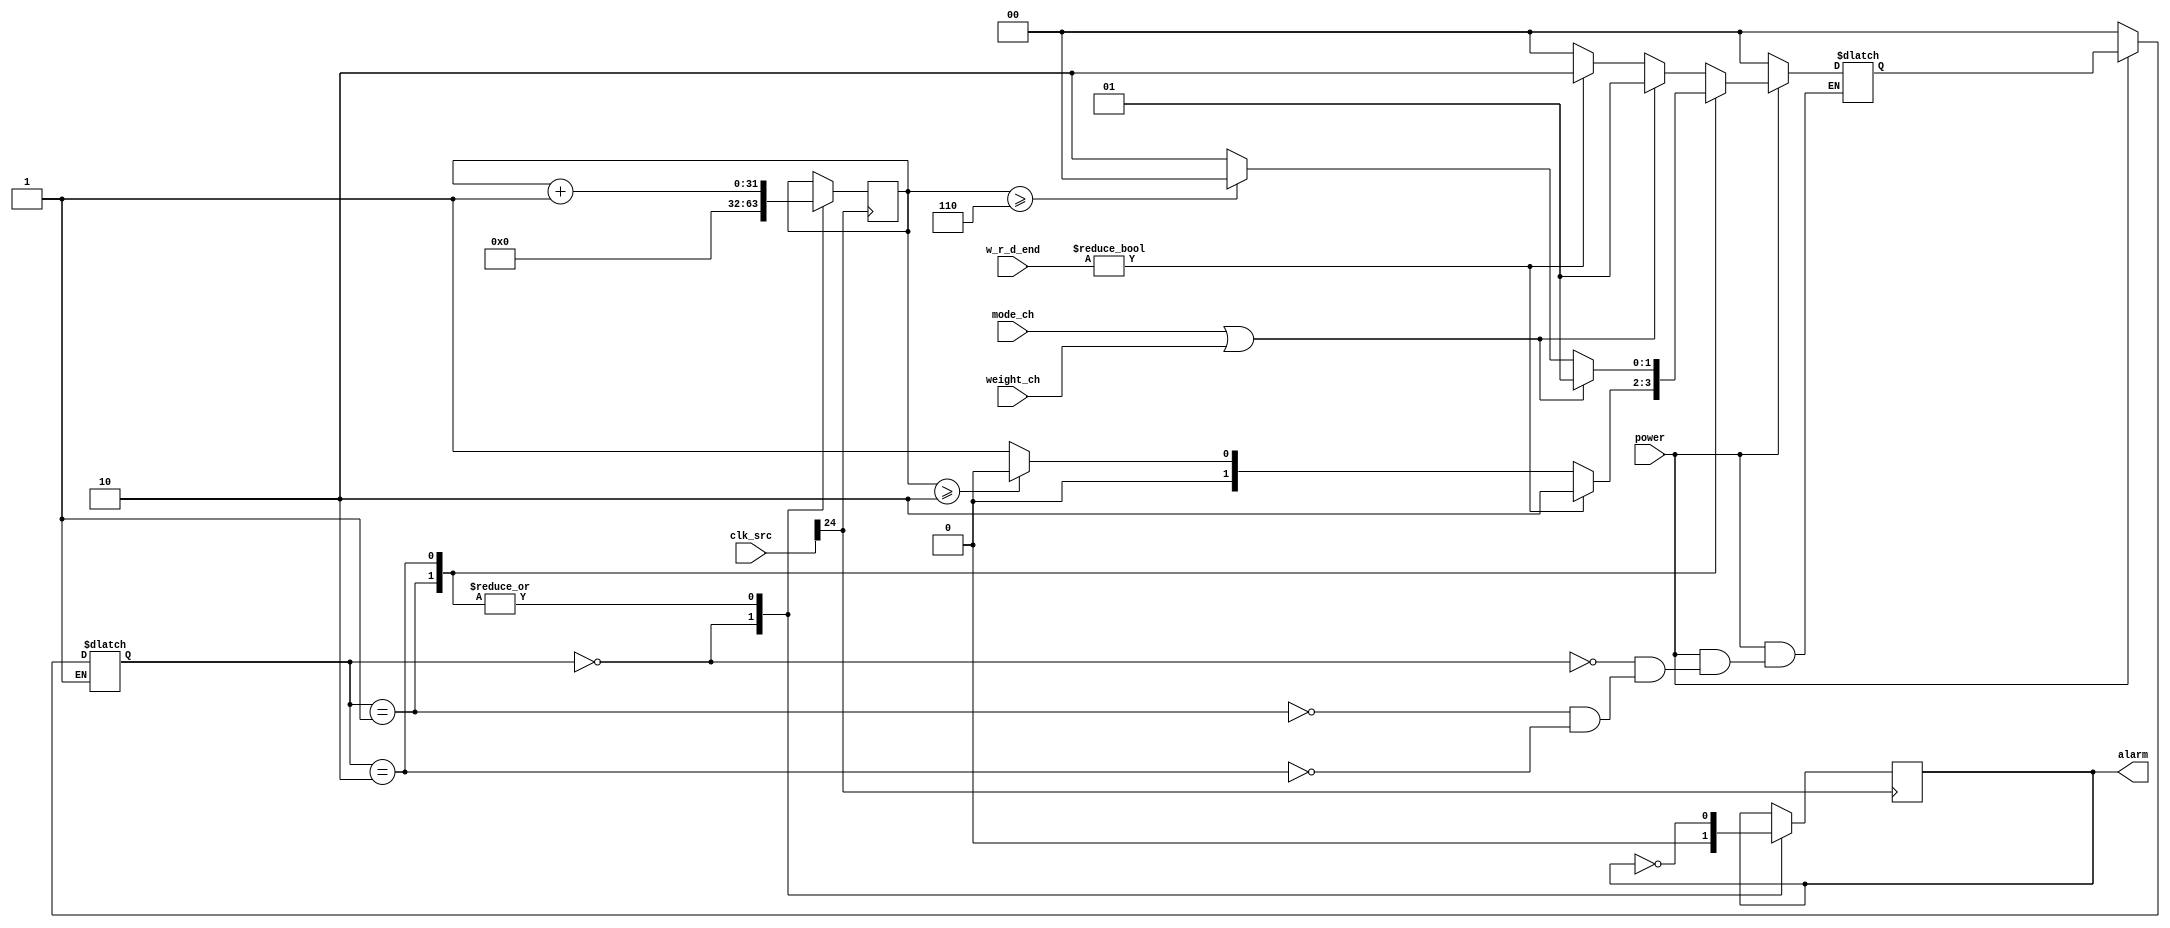
module ring
#(parameter WIDTH = 32, ALARM_STEP = 24)
(
    input [(WIDTH-1):0] clk_src,
    input power,
    input weight_ch,
    input mode_ch,
    input [2:0] w_r_d_end,
    output reg alarm
);

    reg [(WIDTH-1):0] count;
    
    // state of alarm
    reg [1:0] state, next_state;
    // NO_ALARM: no sparkle, BTN_ALARM: sparkle 1 time, PHASE_ALARM: sparkle 3 times
    parameter NO_ALARM = 0, BTN_ALARM = 1, PHASE_ALARM = 2;
    
    initial begin
        alarm <= 0;
        count <= 0;
        state <= NO_ALARM;
        next_state <= NO_ALARM;
    end
    
    // state update
    always @(clk_src[0]) begin
        if (power) begin
            state = next_state;
        end else if (!power) begin
            state = NO_ALARM;
        end
    end
    
    // state transfer
    always @(mode_ch or weight_ch or w_r_d_end or count) begin
        if (power) begin
            case(state)
                NO_ALARM: begin
                    // when btn pushed, transfer to BTN_ALARM
                    // start to alarm 1 time
                    if (mode_ch || weight_ch) begin
                        next_state = BTN_ALARM;
                    // when a phase finished, transfer to PHASE_ALARM
                    // start to alarm 3 time 
                    end else if (w_r_d_end) begin
                        next_state = PHASE_ALARM;
                    end else begin
                        next_state = NO_ALARM;
                    end
                end
                BTN_ALARM: begin
                    // there is a new phase finished, start to a new alarm 3 time
                    if (w_r_d_end) begin
                        next_state = PHASE_ALARM;
                    // alarm 1 time finished, transfer to NO_ALARM
                    // stop alarm
                    end else if (count >= 2) begin
                        next_state = NO_ALARM;
                    // continue alarm
                    end else begin
                        next_state = BTN_ALARM;
                    end
                end
                PHASE_ALARM: begin
                    /// there is a new btn pushed, start to a new alarm 1 time
                    if (mode_ch || weight_ch) begin
                        next_state = BTN_ALARM;
                    end
                    // alarm 3 time finished, transfer to NO_ALARM
                    // stop alarm
                    else if (count >= 6) begin
                        next_state = NO_ALARM;
                    end else begin
                    // continue alarm
                        next_state = PHASE_ALARM;
                    end
                end
            endcase
        end else begin
            next_state = NO_ALARM;
        end
    end
    
    // output
    always @(posedge clk_src[ALARM_STEP]) begin
        case(state)
            NO_ALARM: begin
                count = 0;
                alarm = 0;
            end
            BTN_ALARM: begin
                count = count + 1;
                alarm = ~alarm;
            end
            PHASE_ALARM: begin
                count = count + 1;
                alarm = ~alarm;
            end
       endcase
   end
    
endmodule